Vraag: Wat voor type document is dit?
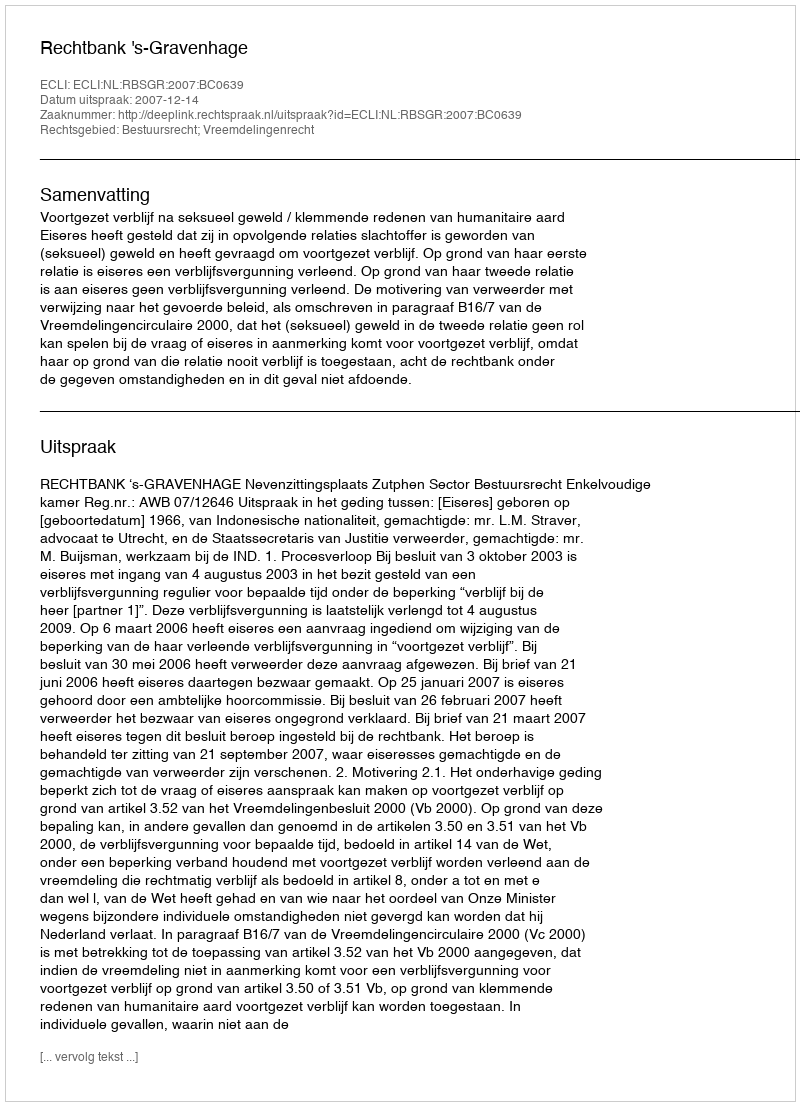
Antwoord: Uitspraak